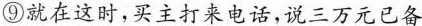
⑨就在这时，买主打来电话，说三万元已备